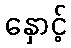
နှောင့်